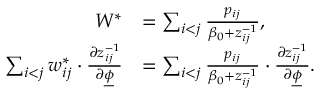
\begin{array} { r l } { W ^ { * } } & { = \sum _ { i < j } \frac { p _ { i j } } { \beta _ { 0 } + z _ { i j } ^ { - 1 } } , } \\ { \sum _ { i < j } w _ { i j } ^ { * } \cdot \frac { \partial z _ { i j } ^ { - 1 } } { \partial \underline { { \phi } } } } & { = \sum _ { i < j } \frac { p _ { i j } } { \beta _ { 0 } + z _ { i j } ^ { - 1 } } \cdot \frac { \partial z _ { i j } ^ { - 1 } } { \partial \underline { { \phi } } } . } \end{array}